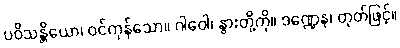
ပဝိသန္တိယော၊ ဝင်ကုန်သော။ ဂါဝေါ၊ နွားတို့ကို။ ဒဏ္ဍေန၊ တုတ်ဖြင့်။